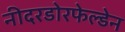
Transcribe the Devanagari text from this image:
नीदरडोरफेल्डेन